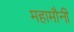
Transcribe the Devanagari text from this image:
महामौनी